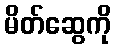
မိတ်ဆွေကို